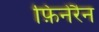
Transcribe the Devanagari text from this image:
फ़िनेरैन